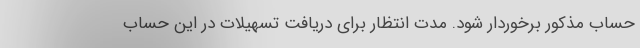
حساب مذکور برخوردار شود. مدت انتظار برای دریافت تسهیلات در این حساب